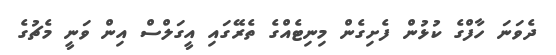
ދެވަނަ ހާފްގެ ކުޅުން ފެށިގެން މިނިޓެއްގެ ތެރޭގައި އީގަލްސް އިން ވަނީ މެޗުގެ